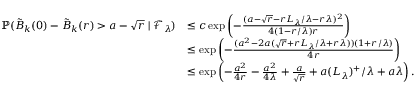
\begin{array} { r l } { \mathbb { P } ( \tilde { B } _ { k } ( 0 ) - \tilde { B } _ { k } ( r ) > a - \sqrt { r } \mid \mathcal { F } _ { \lambda } ) } & { \le c \exp \left( - \frac { ( a - \sqrt { r } - r L _ { \lambda } / \lambda - r \lambda ) ^ { 2 } } { 4 ( 1 - r / \lambda ) r } \right) } \\ & { \le \exp \left( - \frac { ( a ^ { 2 } - 2 a ( \sqrt { r } + r L _ { \lambda } / \lambda + r \lambda ) ) ( 1 + r / \lambda ) } { 4 r } \right) } \\ & { \le \exp \left( - \frac { a ^ { 2 } } { 4 r } - \frac { a ^ { 2 } } { 4 \lambda } + \frac { a } { \sqrt { r } } + a ( L _ { \lambda } ) ^ { + } / \lambda + a \lambda \right) . } \end{array}